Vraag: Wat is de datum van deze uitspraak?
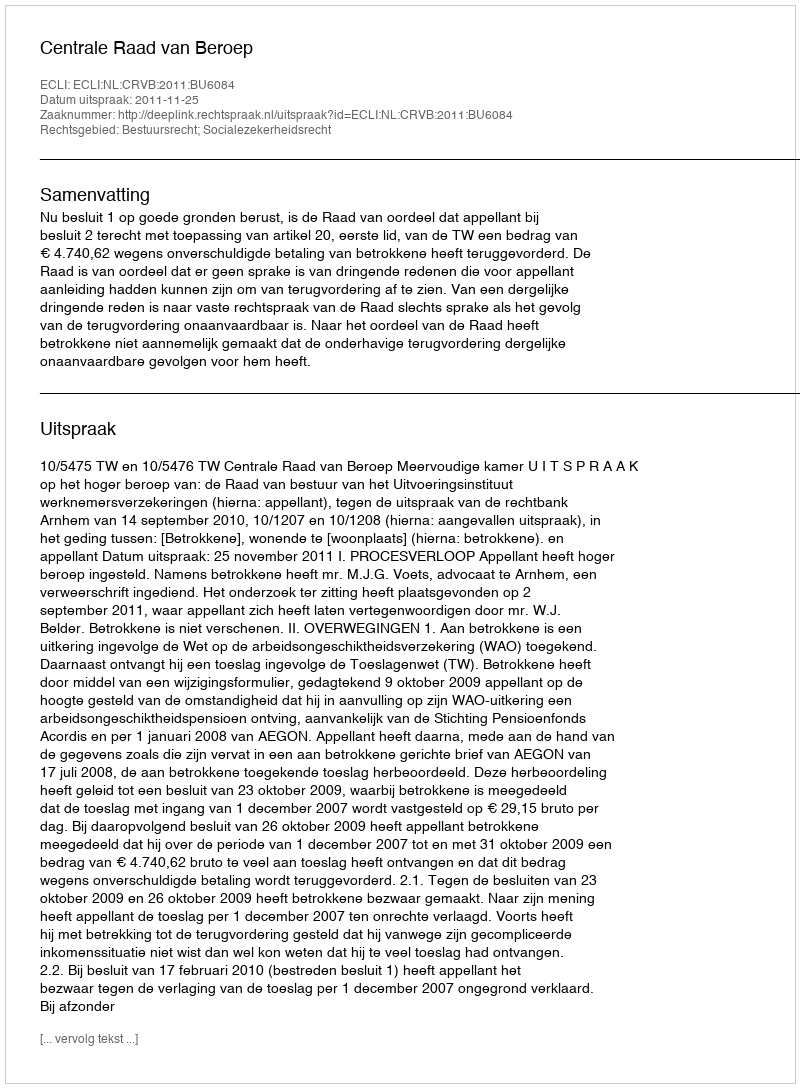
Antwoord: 2011-11-25